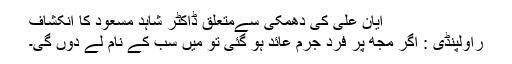
ایان علی کی دھمکی سےمتعلق ڈاکٹر شاہد مسعود کا انکشاف
راولپنڈی : اگر مجھ پر فرد جُرم عائد ہو گئی تو میں سب کے نام لے دوں گی۔